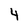
Character: 4